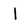
Character: 1